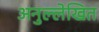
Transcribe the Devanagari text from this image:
अनुल्लेखित